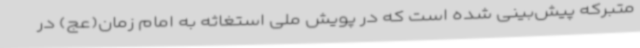
متبرکه پیش‌بینی شده است که در پویش ملی استغاثه به امام زمان(عج) در